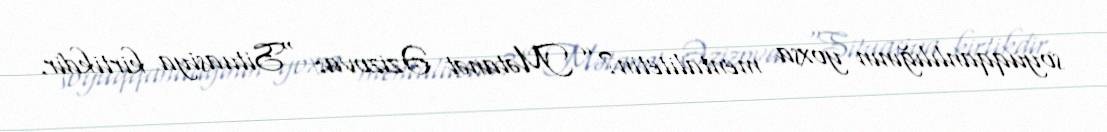
soyuqqanlılığının yoxsa mentalitetin?” Mətanət Əzizova: “Situasiya kirtikdir.